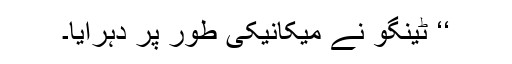
‘‘ ٹینگو نے میکانیکی طور پر دہرایا۔